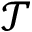
\mathcal { T }